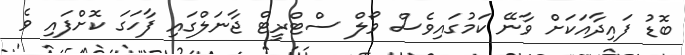
ބޮޑު ފައިދާއަކަށް ވާނޭ ކަމުގައިވެސް ވޯލް ސްޓްރީޓް ޖާނަލްގައި ފާހަގަ ކޮށްފައި ވެ